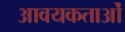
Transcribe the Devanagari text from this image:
आवयकताओं